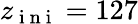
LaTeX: z_{\mathrm{~i~n~i~}}=127